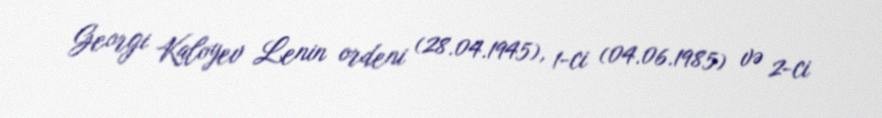
Georgi Kaloyev Lenin ordeni (28.04.1945), 1-ci (04.06.1985) və 2-ci